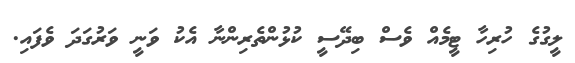
ލީގުގެ ހުރިހާ ޓީމެއް ވެސް ބިދޭސީ ކުޅުންތެރިންނާ އެކު ވަނީ ވަރުގަދަ ވެފައި.